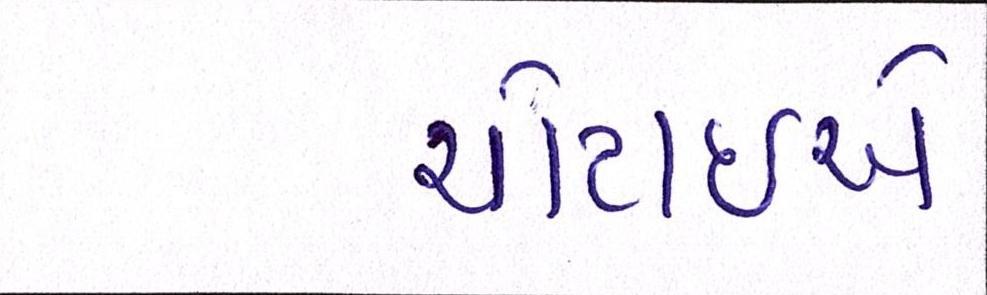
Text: ચોટાઇએ